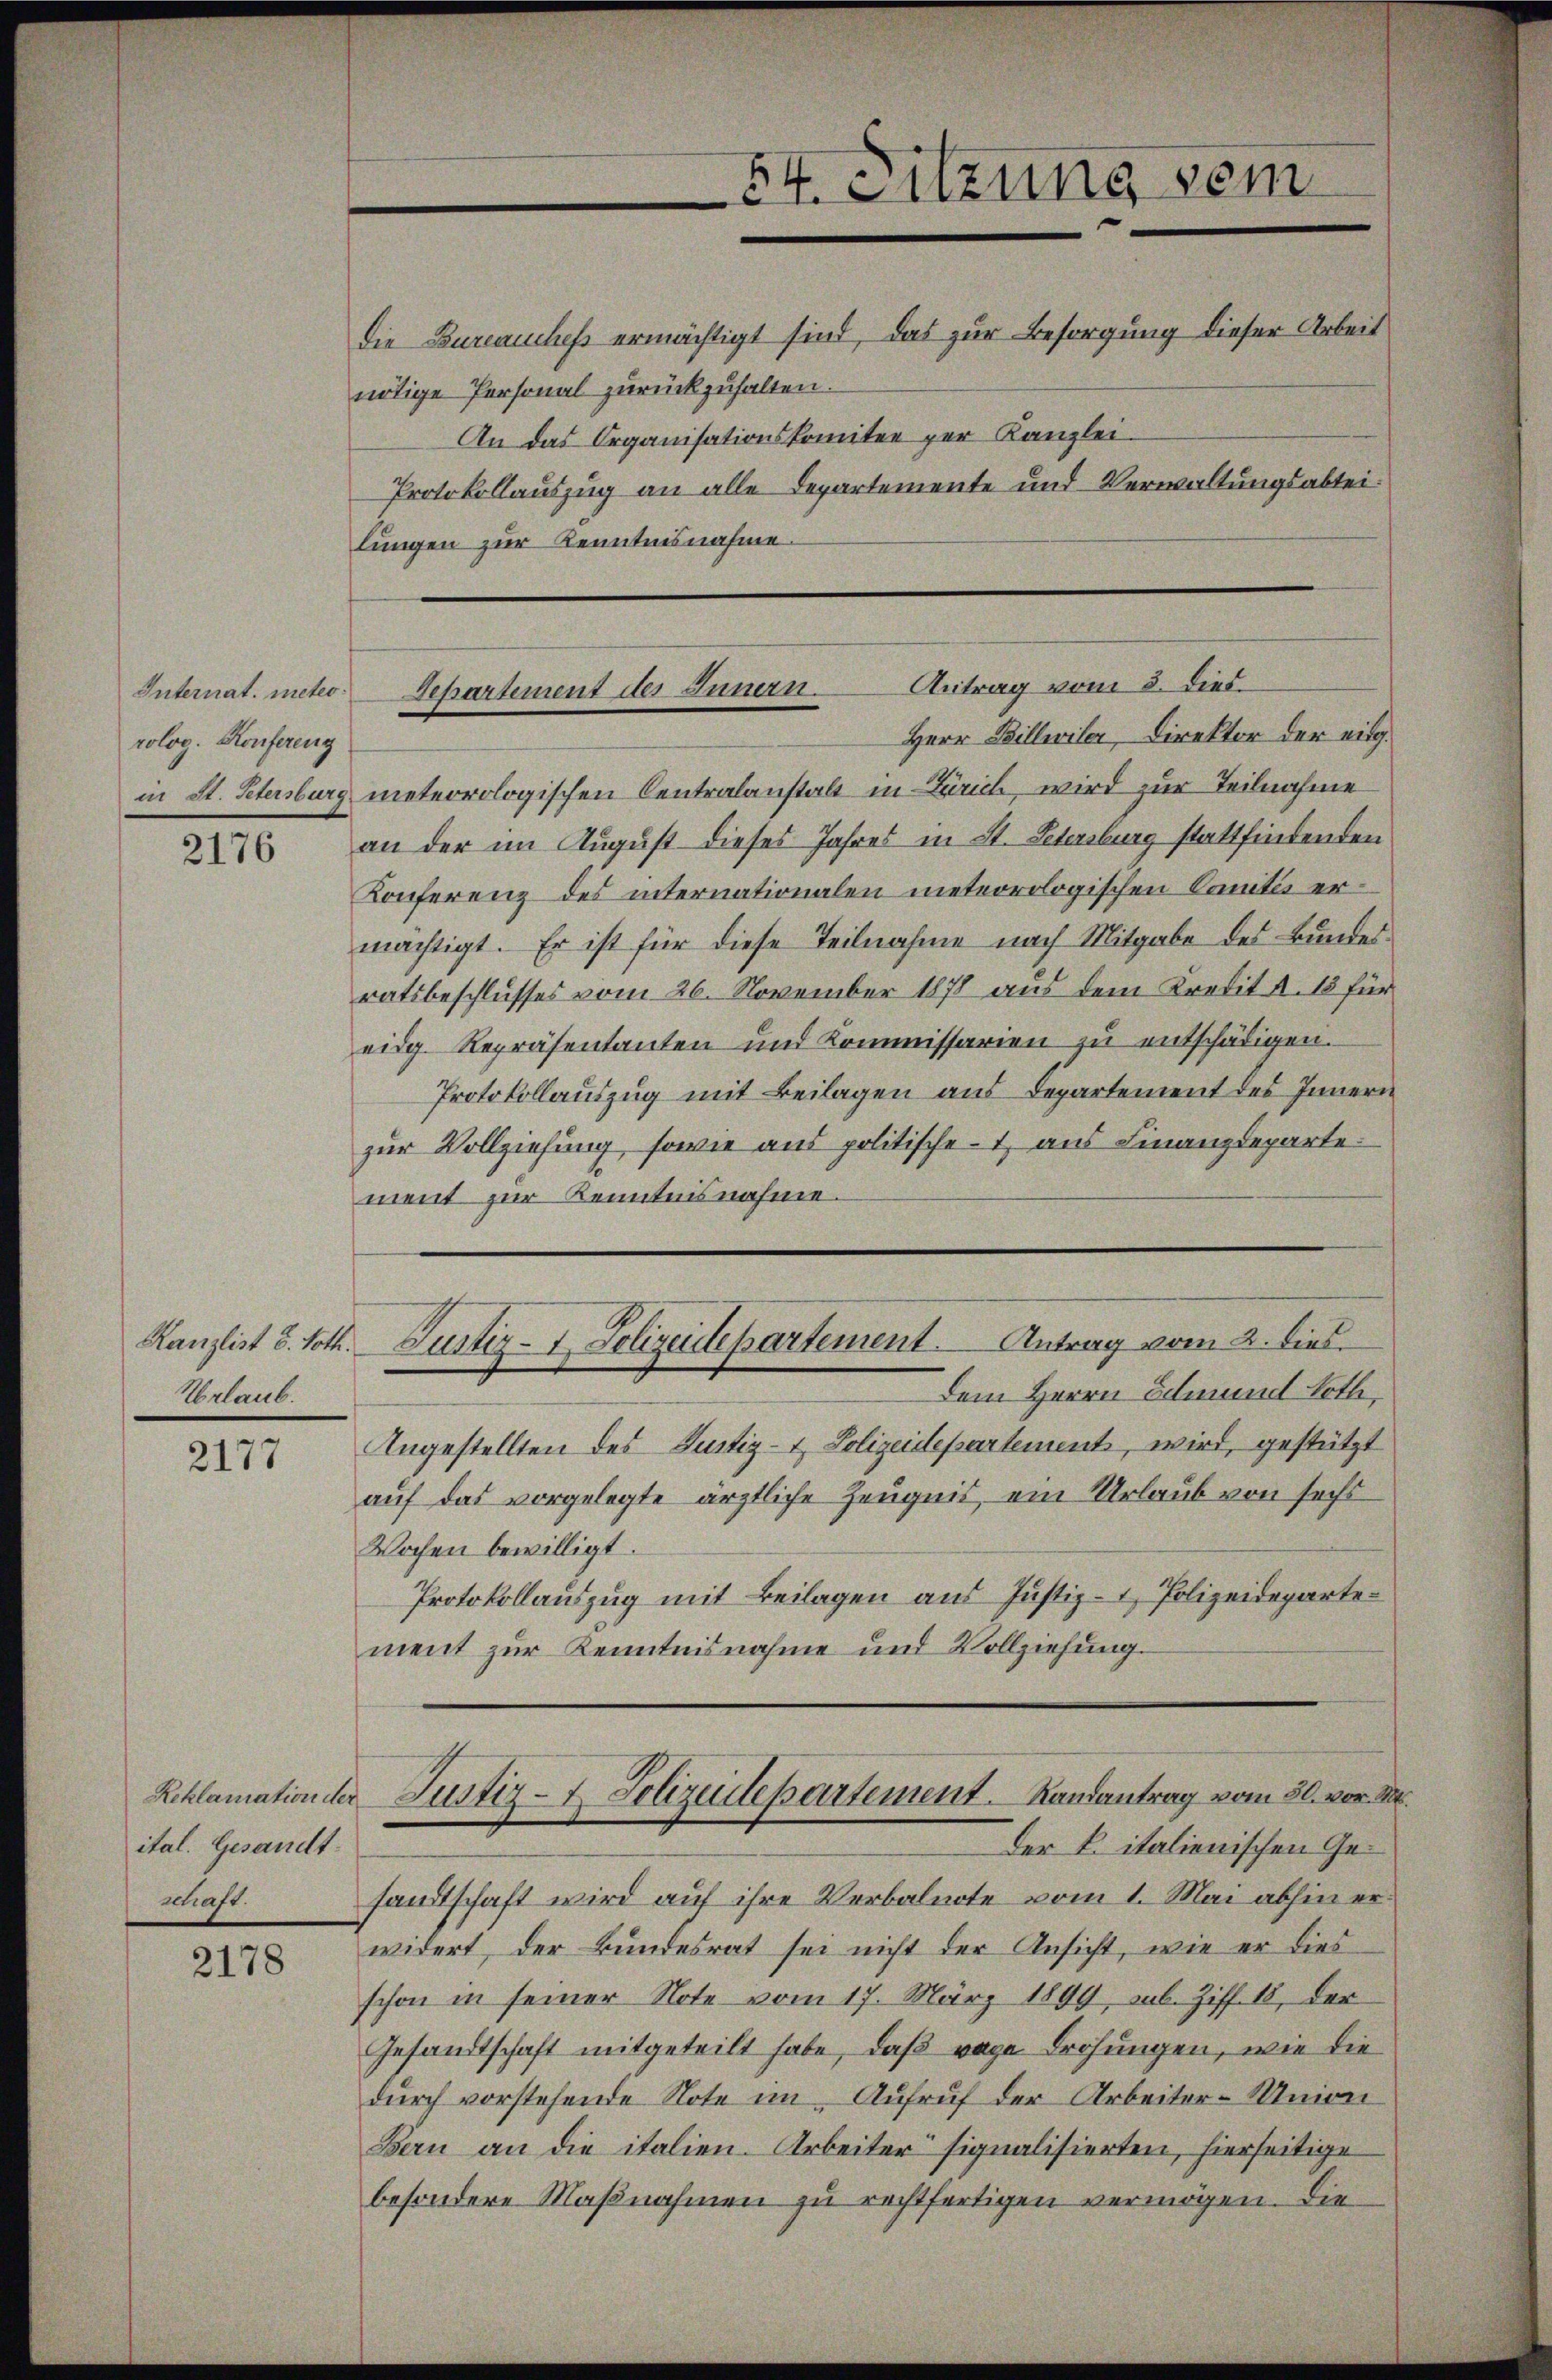
Internat. meteorolog. Konfereng
in St. Petersburg

2176

Kanzlist 8. Noth.
Urlaub.

2177

ital. Gesandtmhaft.

2178

nötige Personal zurückzuhalten.
lungen zur Kenntnisnahme.

Herr Billwiler, Direktor der eidg.
meteorologischen Centralanstalt in Zürich, wird zur Teilnahme
an der im August dieses Jahres in St. Petersburg stattfindenden
Konferenz des internationalen meteorologischen Comités ermächtigt. Er ist für diese Teilnahme nach Mitgabe des Bundes
ratsbeschlusses vom 26. November 1878 aus dem Kredit d. 15 für
eidg. Repräsentanten und Kommissarien zŭ entschädigen.
Protokollauszug mit Beilagen aus Departement des Innern
zur Vollziehung, sowie aus politische 1 aus Finanzdeparte.
ment zur Kenntnisnahme.
Dem Herrn Edmund Loth,
Angestellten des Justiz- & Polizeidepartement, wird, gestützt
auf das vorgelegte ärztliche Zeugnis, ein Urlaub von sechs
Wochen bewilligt.
Protokollauszug mit Beilagen aus Justiz- & Polizeidepartement zur Kenntnisnahme und Vollziehung.
Reklamation der Justiz- & Polizeidepartement. Randantrag vom 30. vor. M.
Der K. italienischen Gesandtschaft wird auf ihre Verbalnote vom 1. Mai abhin erwidert, der Bundesrat sei nicht der Ansicht, wie er dies
schon in seiner Note vom 17. März 1899, sub. Ziff. 18, der
Gesandtschaft mitgeteilt habe, daß wege Drohungen, wie die
durch vorstehende Note im Aufruf der Arbeiter-Union
Bern an die italien. Arbeiter signalisierten, hierseitige
besondere Maßnahmen zu rechtfertigen vermögen. Die

54. Sitzung vom
Die Bureauches ermächtigt sind, das zur Besorgung dieser Arbeit
An das Organisationskomitee per Kanzlei
Protokollauszug an alle Departemente und Verwaltungsabtei¬

Antrag vom 3. dies.
Separtement des Innern.

Justiz- & Polizeidepartement. Antrag vom 2. dies